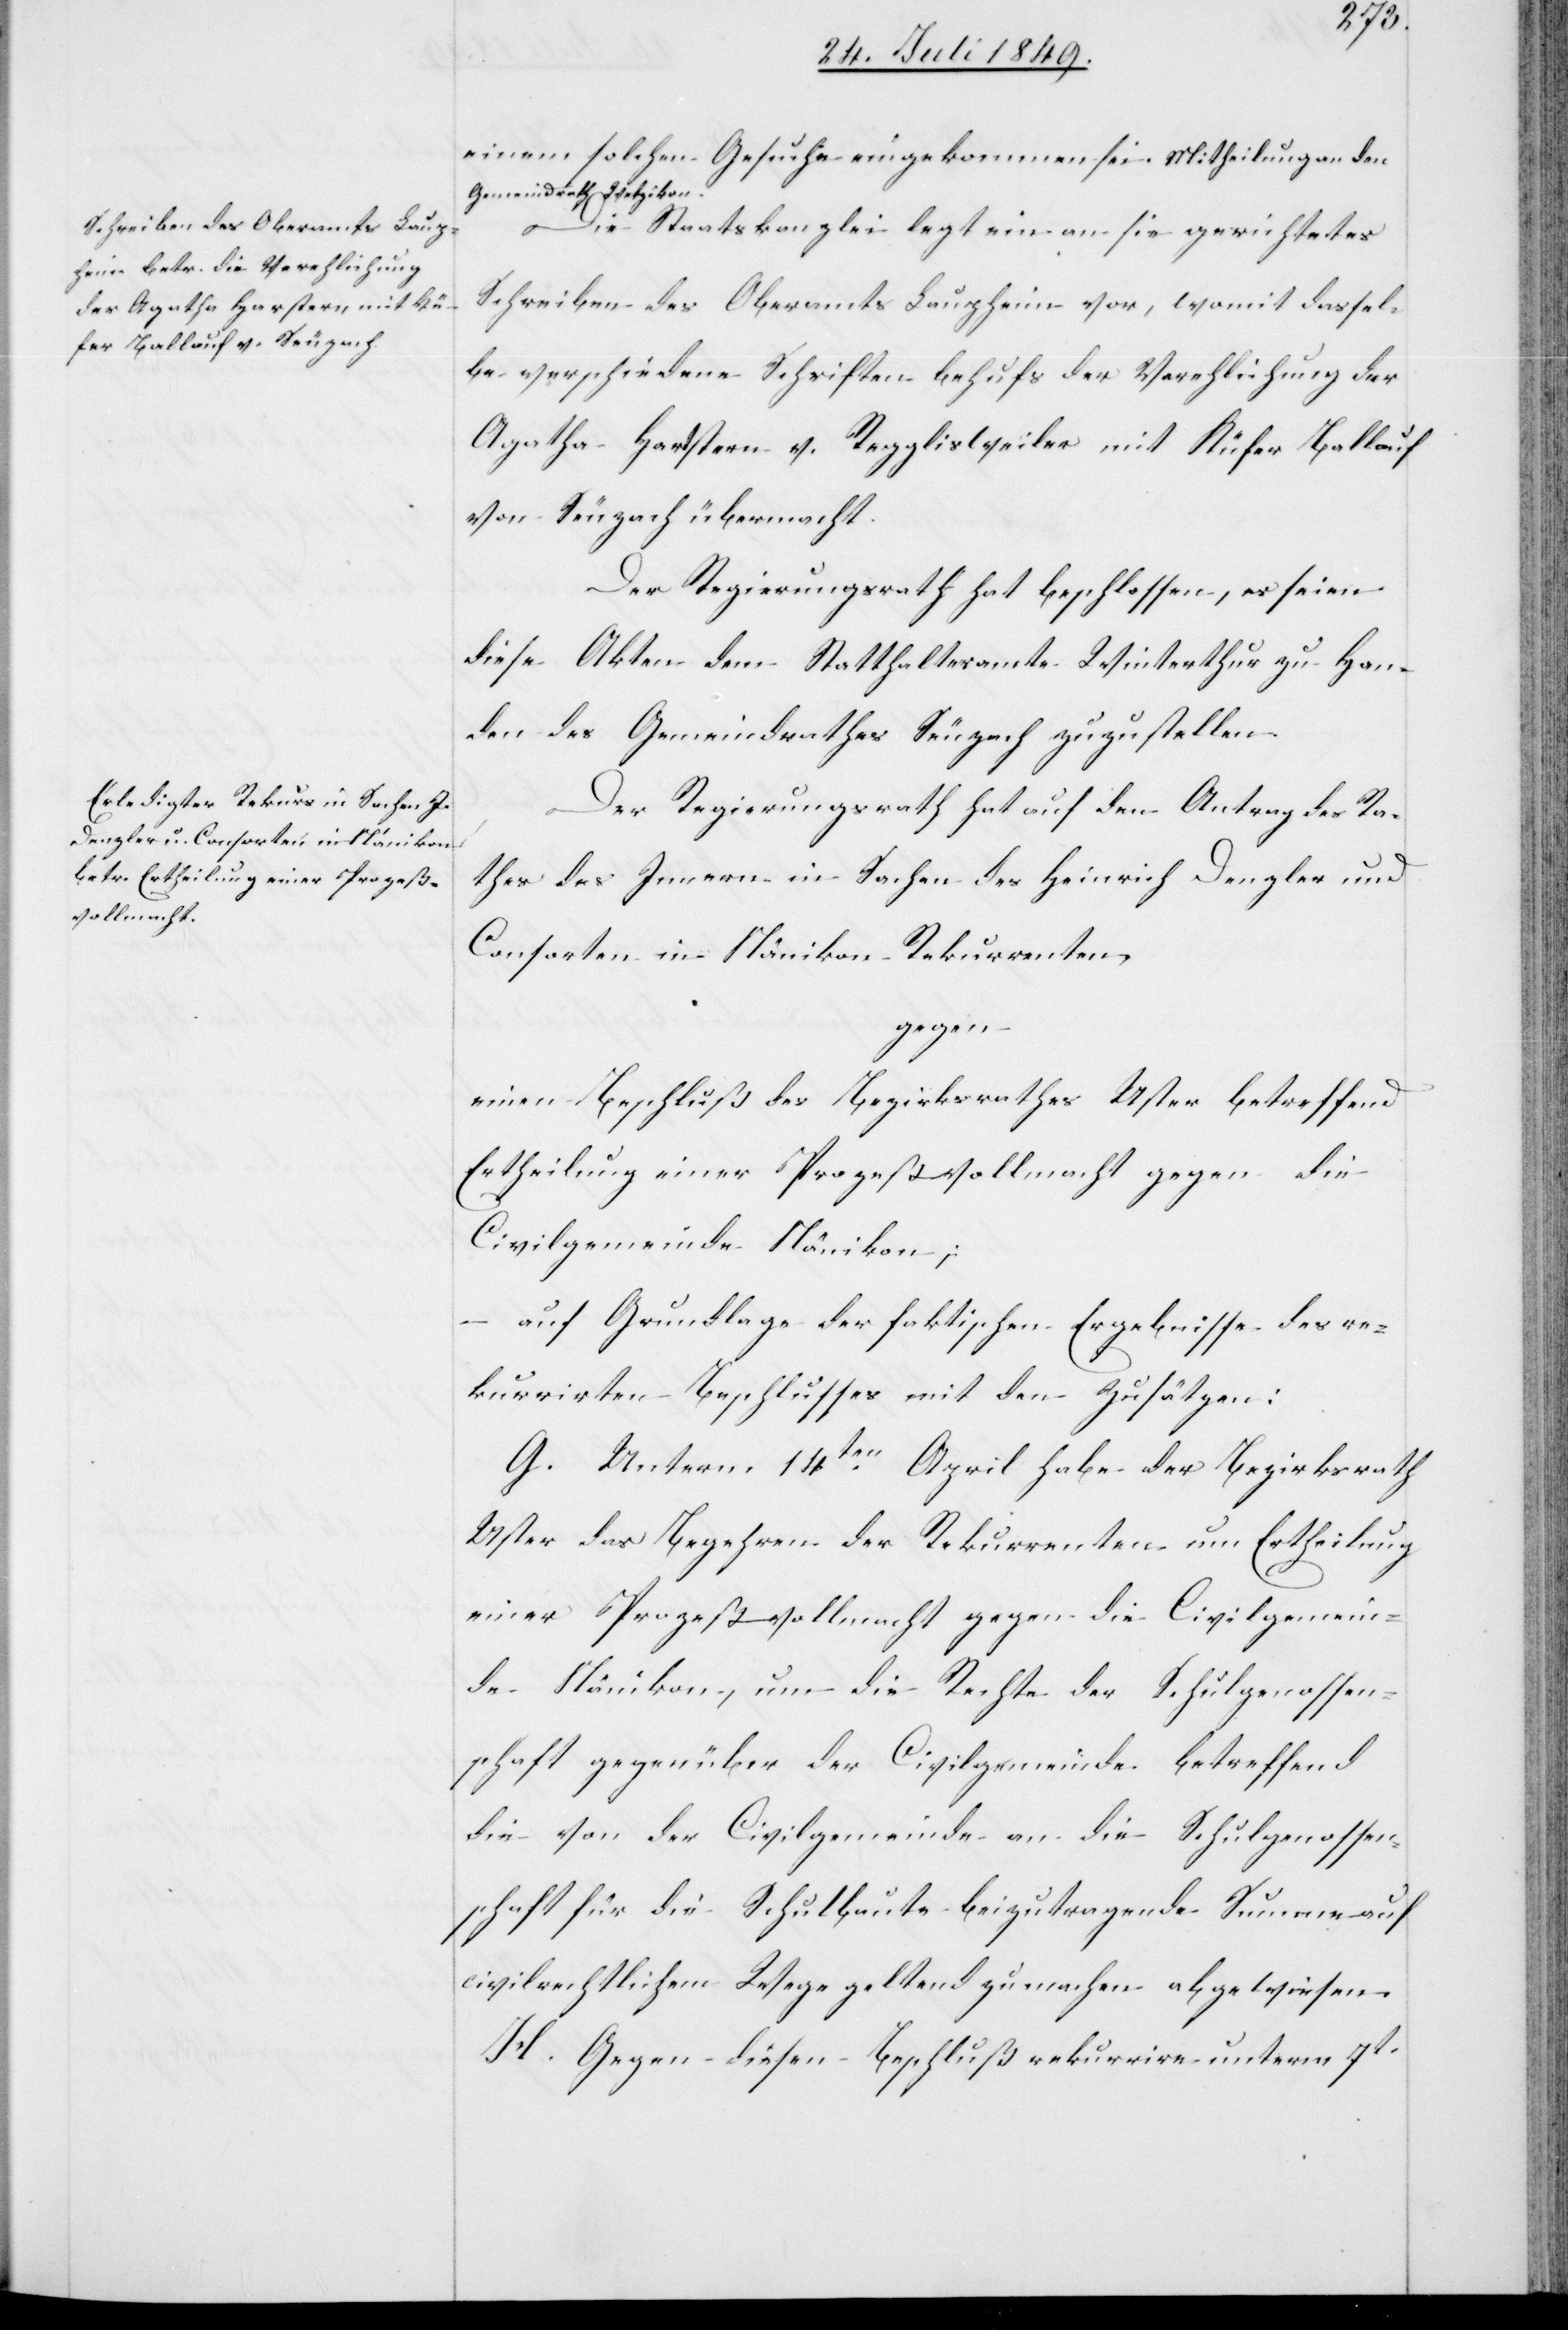
einem solchen Gesuche eingekommen sei. Mitheilungen den
Gemeindrath Wetzikon.
Die Staatskanzlei legt ein an sie gerichtetes
Schreiben des Oberamts Laupheim vor, womit dassel¬
be verschiedene Schriften behufs der Verehlichung der
Agatha Hartstern [sic!] v. Regglisweiler mit Küfer Ballauf
von Seuzach übermacht.
Der Regierungsrath hat auf den Antrag des Ra¬
thes des Innern in Sachen des Heinrich Denzler und
Consorten in Nänikon Rekurrenten,
gegen
einen Beschluß des Bezirksrathes Uster betreffend
Ertheilung einer Prozeßvollmacht gegen die
Civilgemeinde Nänikon;
auf Grundlage der faktischen Ergebnisse des re¬
kurrirten Beschlusses mit den Zusätzen:
G. Unterm 14ten April habe der Bezirksrath
Uster das Begehren der Rekurrenten um Ertheilung
einer Prozeßvollmacht gegen die Civilgemein¬
de Nänikon, um die Rechte der Schulgenossen¬
schaft gegenüber der Civilgemeinde betreffend
die von der Civilgemeinde an die Schulgenossen¬
schaft für die Schulbaute beizutragende Summe auf
civilrechtlichem Wege geltend zu machen abgewiesen.
H. Gegen diesen Beschluß rekurrire unterm 7t